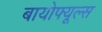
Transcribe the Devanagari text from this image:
बायोफ्यूल्स